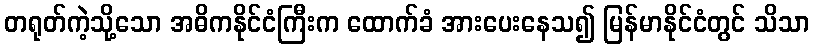
တရုတ်ကဲ့သို့သော အဓိကနိုင်ငံကြီးက ထောက်ခံ အားပေးနေသ၍ မြန်မာနိုင်ငံတွင် သိသာ